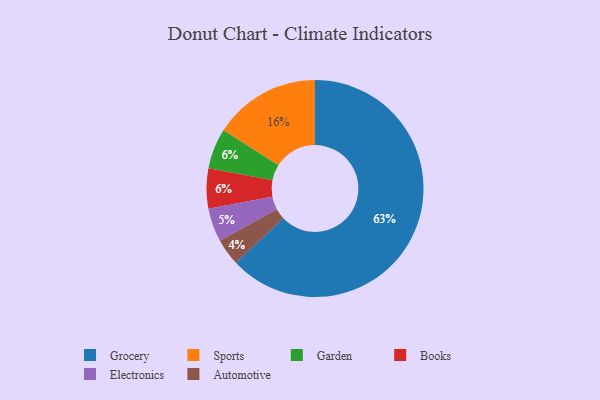
{"axis": {"x": "Category", "y": "Percentage"}, "legend": ["Automotive", "Books", "Electronics", "Garden", "Grocery", "Sports"], "data": [{"x": "Sports", "y": 16, "type": "Sports"}, {"x": "Garden", "y": 6, "type": "Garden"}, {"x": "Books", "y": 6, "type": "Books"}, {"x": "Automotive", "y": 4, "type": "Automotive"}, {"x": "Electronics", "y": 5, "type": "Electronics"}, {"x": "Grocery", "y": 63, "type": "Grocery"}]}